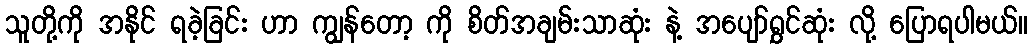
သူတို့ကို အနိုင် ရခဲ့ခြင်း ဟာ ကျွန်တော့ ကို စိတ်အချမ်းသာဆုံး နဲ့ အပျော်ရွှင်ဆုံး လို့ ပြောရပါမယ်။